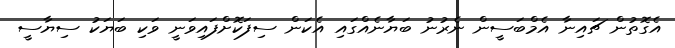
އެގޮތުން ޗައިނާ އެމްބަސީން ނެރުނު ބަޔާނެއްގައި އެކަން ސިފަކޮށްފައިވަނީ ވަކި ބަޔަކު ސިޔާސީ